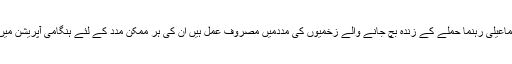
پاکستان میں اسماعیلی رہنما حملے کے زندہ بچ جانے والے زخمیوں کی مددمیں مصروف عمل ہیں ان کی ہر ممکن مدد کے لئے ہنگامی آپریشن میں مصروف ہیں۔